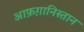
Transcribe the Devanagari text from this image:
आफ़ग़ानिस्तान